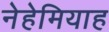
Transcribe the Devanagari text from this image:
नेहेमियाह